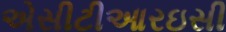
એસીટીઆરઇસી